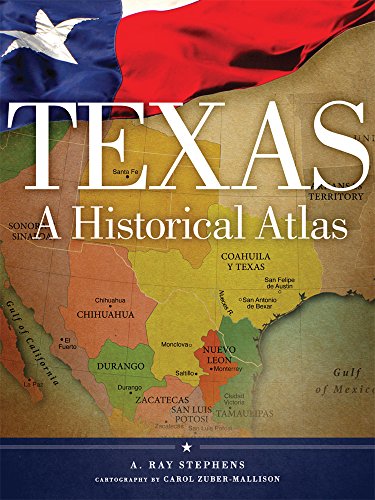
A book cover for Texas: A Historical Atlas; A. Ray Stephens; History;